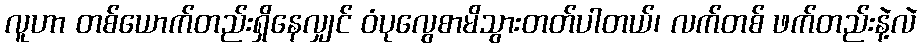
လူဟာ တစ်ယောက်တည်းရှိနေလျှင် ဝံပုလွေစာမိသွားတတ်ပါတယ်၊ လက်တစ် ဖက်တည်းနဲ့လဲ